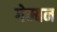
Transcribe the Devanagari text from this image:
गेम्बन